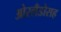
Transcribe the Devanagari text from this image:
ओरलँडोसह